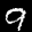
Label: 9